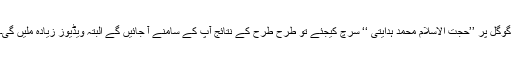
گوگل پر ’’حجت الاسلام محمد ہدایتی ‘‘ سرچ کیجئے تو طرح طرح کے نتائج آپ کے سامنے آ جائیں گے البتہ ویڈیوز زیادہ ملیں گی۔